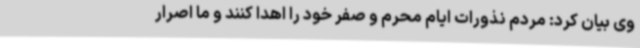
وی بیان کرد: مردم نذورات ایام محرم و صفر خود را اهدا کنند و ما اصرار